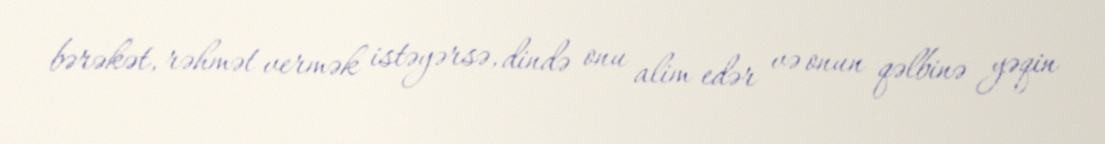
bərəkət, rəhmət vermək istəyərsə, dində onu alim edər və onun qəlbinə yəqin